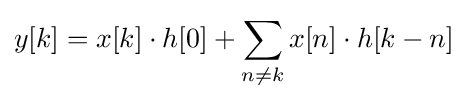
y[k]=x[k]\cdot h[0]+\sum _{n\neq k}x[n]\cdot h[k-n]